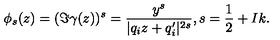
\phi _ { s } ( z ) = ( \Im \gamma ( z ) ) ^ { s } = \frac { y ^ { s } } { | q _ { i } z + q _ { i } ^ { \prime } | ^ { 2 s } } , s = \frac { 1 } { 2 } + I k .